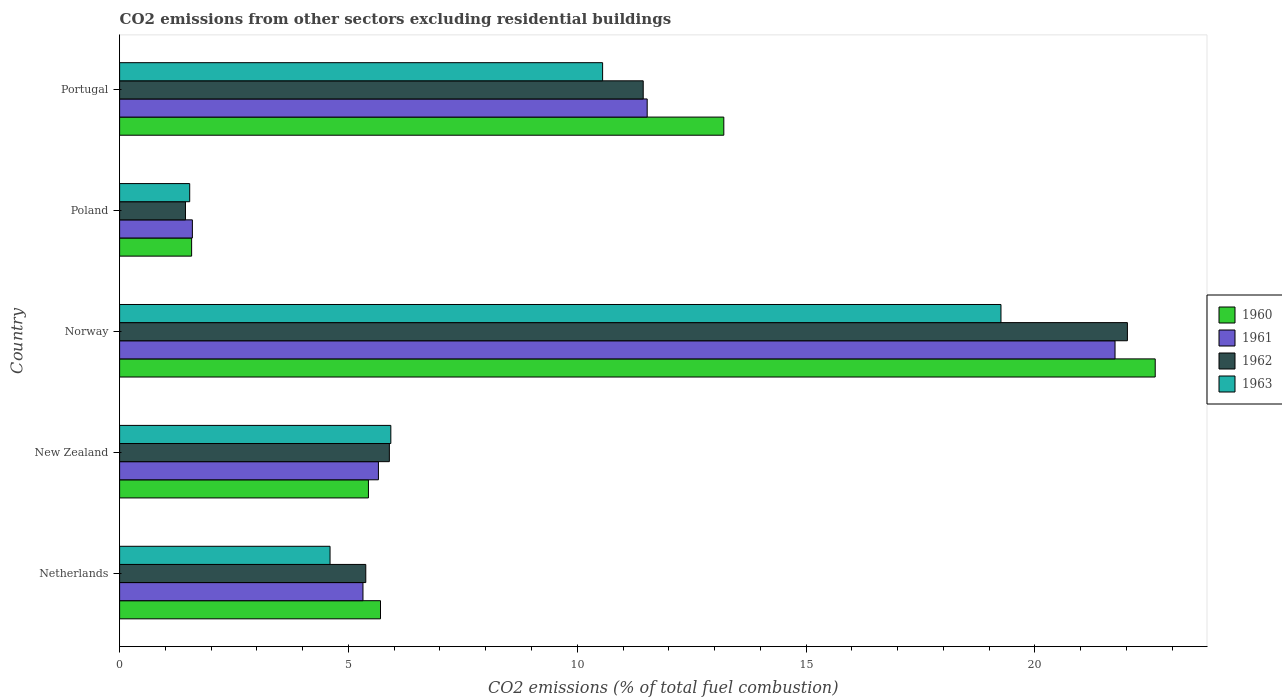
| Country | 1960 | 1961 | 1962 | 1963 |
 | --- | --- | --- | --- | --- |
 | Netherlands | 5.7 | 5.32 | 5.38 | 4.6 |
 | New Zealand | 5.44 | 5.66 | 5.89 | 5.93 |
 | Norway | 22.6 | 21.7 | 22 | 19.3 |
 | Poland | 1.57 | 1.59 | 1.44 | 1.53 |
 | Portugal | 13.2 | 11.5 | 11.4 | 10.6 |